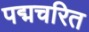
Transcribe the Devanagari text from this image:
पद्मचरित